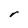
Character: r